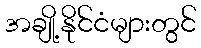
အချို့နိုင်ငံများတွင်